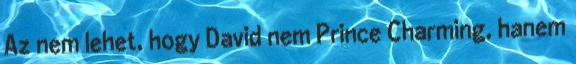
Az nem lehet, hogy David nem Prince Charming, hanem